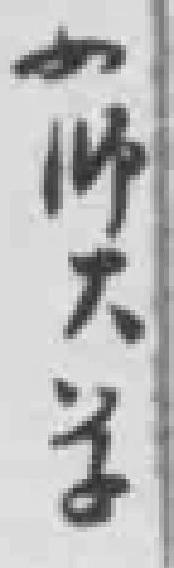
女師大学